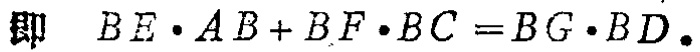
即 \(BE\cdot AB + BF\cdot BC = BG\cdot BD\)。